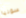
سونيا